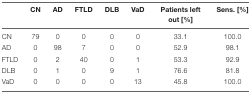
<table><thead><tr><td></td><td><b>CN</b></td><td><b>AD</b></td><td><b>FTLD</b></td><td><b>DLB</b></td><td><b>VaD</b></td><td><b>Patients left out [%]</b></td><td><b>Sens. [%]</b></td></tr></thead><tbody><tr><td>CN</td><td>79</td><td>0</td><td>0</td><td>0</td><td>0</td><td>33.1</td><td>100.0</td></tr><tr><td>AD</td><td>0</td><td>98</td><td>7</td><td>0</td><td>0</td><td>52.9</td><td>98.1</td></tr><tr><td>FTLD</td><td>0</td><td>2</td><td>40</td><td>0</td><td>1</td><td>53.3</td><td>92.9</td></tr><tr><td>DLB</td><td>0</td><td>1</td><td>0</td><td>9</td><td>1</td><td>76.6</td><td>81.8</td></tr><tr><td>VaD</td><td>0</td><td>0</td><td>0</td><td>0</td><td>13</td><td>45.8</td><td>100.0</td></tr></tbody></table>